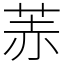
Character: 䓇